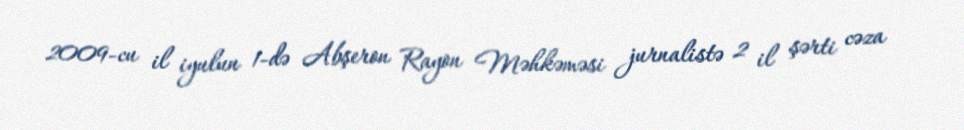
2009-cu il iyulun 1-də Abşeron Rayon Məhkəməsi jurnalistə 2 il şərti cəza